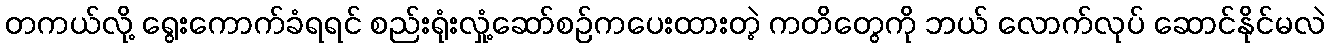
တကယ်လို့ ရွေးကောက်ခံရရင် စည်းရုံးလှုံ့ဆော်စဉ်ကပေးထားတဲ့ ကတိတွေကို ဘယ် လောက်လုပ် ဆောင်နိုင်မလဲ